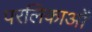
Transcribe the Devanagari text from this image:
परलिकाओं